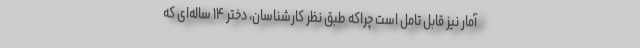
آمار نیز قابل تامل است چراکه طبق نظر کارشناسان، دختر ۱۴ ساله‌ای که